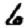
Digit: 6